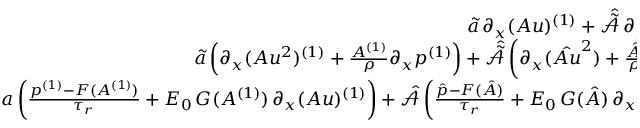
\begin{array} { r l } { \boldsymbol { \tilde { a } } \, \partial _ { x } ( A u ) ^ { ( 1 ) } + \hat { \tilde { \mathcal { A } } } \, \partial _ { x } ( \boldsymbol { \hat { A u } } ) } & { { } = 0 } \\ { \boldsymbol { \tilde { a } } \left( \partial _ { x } ( A u ^ { 2 } ) ^ { ( 1 ) } + \frac { A ^ { ( 1 ) } } { \rho } \partial _ { x } p ^ { ( 1 ) } \right) + \hat { \tilde { \mathcal { A } } } \left( \partial _ { x } ( \boldsymbol { \hat { A u } ^ { 2 } } ) + \frac { \boldsymbol { \hat { A } } } { \rho } \partial _ { x } \boldsymbol { \hat { p } } \right) } & { { } = 0 } \\ { \boldsymbol { a } \left( \frac { p ^ { ( 1 ) } - F ( A ^ { ( 1 ) } ) } { \tau _ { r } } + E _ { 0 } \, G ( A ^ { ( 1 ) } ) \, \partial _ { x } ( A u ) ^ { ( 1 ) } \right) + \hat { \mathcal { A } } \left( \frac { \boldsymbol { \hat { p } } - \boldsymbol { F } ( \boldsymbol { \hat { A } } ) } { \tau _ { r } } + E _ { 0 } \, \boldsymbol { G } ( \boldsymbol { \hat { A } } ) \, \partial _ { x } ( \boldsymbol { \hat { A u } } ) \right) } & { { } = 0 . } \end{array}